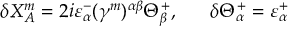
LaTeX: \delta { X _ { A } ^ { m } } = 2 i \varepsilon _ { \alpha } ^ { - } ( \gamma ^ { m } ) ^ { \alpha \beta } \Theta _ { \beta } ^ { + } , \ \ \ \ \ \delta \Theta _ { \alpha } ^ { + } = \varepsilon _ { \alpha } ^ { + }